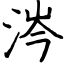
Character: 涔